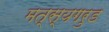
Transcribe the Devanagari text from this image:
मत्स्यगरुड